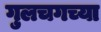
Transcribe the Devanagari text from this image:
गुलचगच्या